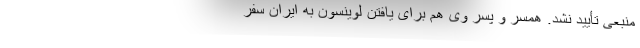
منبعی تأیید نشد. همسر و پسر وی هم برای یافتن لوینسون به ایران سفر